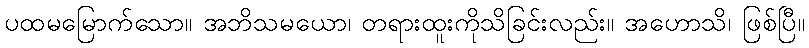
ပထမမြောက်သော။ အဘိသမယော၊ တရားထူးကိုသိခြင်းလည်း။ အဟောသိ၊ ဖြစ်ပြီ။